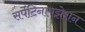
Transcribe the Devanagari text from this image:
सर्पेंटिनायझेशन